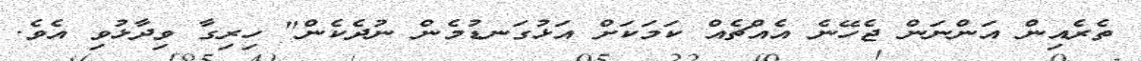
ތެރެއިން އަންނަން ޖެހޭނެ އެއްޗެއް ކަމަކަށް އަޅުގަނޑުމެން ނުދެކެން" ހިރިގާ ވިދާޅުވި އެވެ.